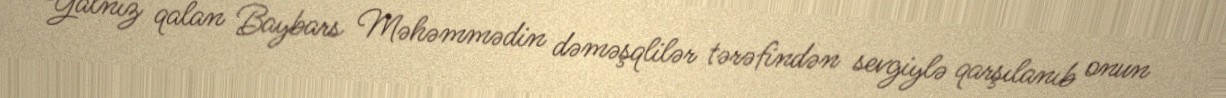
Yalnız qalan Baybars Məhəmmədin dəməşqlilər tərəfindən sevgiylə qarşılanıb onun